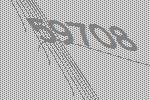
59708